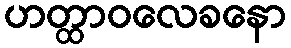
ဟတ္ထာဝလေခနော